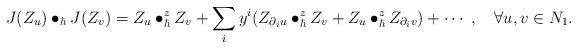
\begin{align*}J(Z_u)\bullet_\hbar J(Z_v) = Z_u\bullet_\hbar^z Z_v+ \sum_{i} y^i ( Z_{\partial_i u}\bullet_\hbar^z Z_v + Z_u\bullet_\hbar^zZ_{\partial_i v})+\cdots\;,\quad\forall u,v\in N_1.\end{align*}